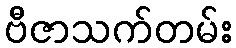
ဗီဇာသက်တမ်း